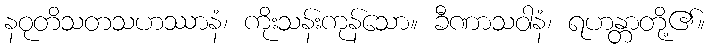
နဝုတိသတသဟဿာနံ၊ ကိုးသန်းကုန်သော။ ခီဏာသဝါနံ၊ ရဟန္တာတို့၏။